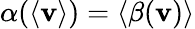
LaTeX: \alpha(\langle\mathbf{v}\rangle)=\langle\beta(\mathbf{v})\rangle